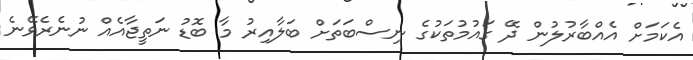
އެކަމަށް އެއްބާރުލުން ދޭ ގައުމުތަކުގެ ނިސްބަތަށް ބަލާއިރު މާ ބޮޑު ނަތީޖާއެއް ނުނެރެވޭނެ